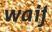
waif